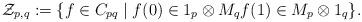
LaTeX: \begin{align*}\mathcal Z_{p,q}:=\{f\in C_{pq}\mid f(0)\in 1_p\otimes M_q f(1)\in M_p\otimes 1_q\}.\end{align*}